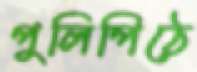
পুলিপিঠে